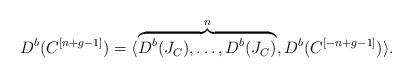
LaTeX: \begin{align*}D^b(C^{[n+g-1]})=\langle \overbrace{D^b(J_C), \ldots, D^b(J_C)}^{n}, D^b(C^{[-n+g-1]}) \rangle. \end{align*}